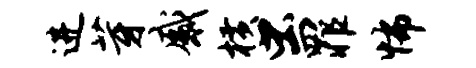
进芽感横虫罪怖